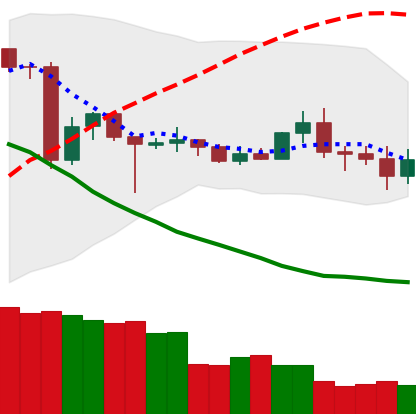
Ticker: TRX-USD
Chart end date: 2020-06-28
Forward return: 5.356%
Label: up_5_7